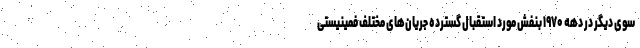
سوی دیگر در دهه ۱۹۷۰ بنفش مورد استقبال گسترده جریان‌های مختلف فمینیستی